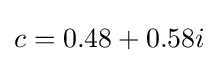
c=0.48+0.58i